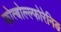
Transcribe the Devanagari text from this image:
फोत्बोल्ल्फोरेनिङ